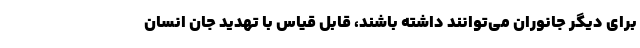
برای دیگر جانوران می‌توانند داشته باشند، قابل قیاس با تهدید جان انسان